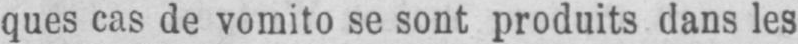
ques cas de vomito se sont produits dans les